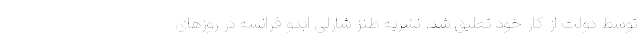
توسط دولت از کار خود تعلیق شد. نشریه طنز شارلی ابدو فرانسه در روزهای